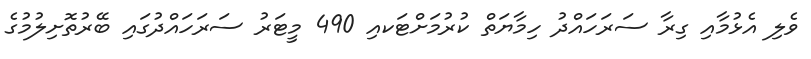
ވެލި އެޅުމާއި ގިރާ ސަރަހައްދު ހިމާޔަތް ކުރުމަށްޓަކއި 490 މީޓަރު ސަރަހައްދުގައި ބޭރުތޮށިލުމުގެ